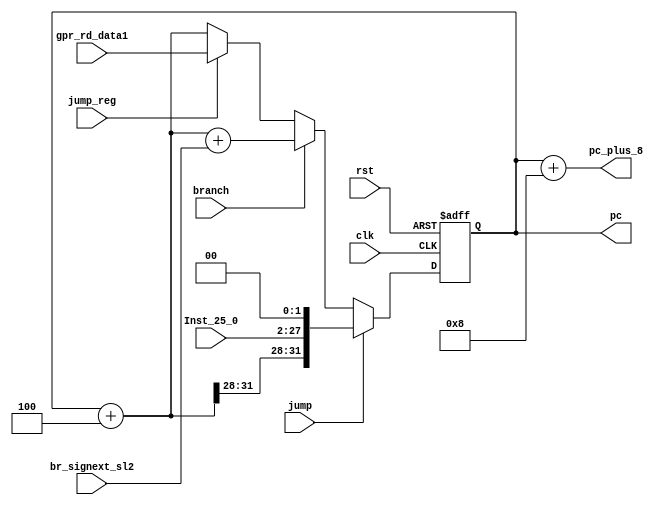

`timescale 1ns/100ps
module pc(clk, rst, br_signext_sl2, Inst_25_0,gpr_rd_data1, jump, branch, jump_reg, pc,pc_plus_8);

input clk, rst;
input [31:0] br_signext_sl2;
input [25:0] Inst_25_0;
input [31:0] gpr_rd_data1;
input jump;
input branch;
input jump_reg;
output [31:0] pc;
output [31:0] pc_plus_8;

parameter TD = 1;

reg  [31:0] pc_val;
wire [31:0] br_loc, pc_plus_4;



//adder next(pc_val, 32'd4, pc_plus_4);             //Adder to calculate next instruction(+4)
//adder jal (pc_val, 32'd8, pc_plus_8);             //Adder to calculate PC+8--to be 
//                                                  //written to GPR[31] on JAL
//adder br(pc_plus_4, br_signext_sl2, br_loc);      //Adder to calculate branch target

assign pc_plus_4 = pc_val + 32'd4;             // Next PC (PC+4) when the instruction  is not brach
assign pc_plus_8 = pc_val + 32'd8;             // To calculate PC+8 to be written to GPR[31] 
                                               // on JAL instruction
assign br_loc    = pc_plus_4 + br_signext_sl2; // To calculate branch target

always @ (posedge clk or posedge rst)             //PCSrc Mux
begin
  if (rst==1'b1) begin
    pc_val <= #TD 31'd0;
  end 
  else if (jump==1'b1) begin
    pc_val <= #TD {pc_plus_4[31:28],Inst_25_0,2'b00};
  end 
  else if (branch==1'b1) begin
    pc_val <= #TD br_loc;
  end
  else if(jump_reg==1'b1) begin
    pc_val <= #TD gpr_rd_data1;
  end 
  else begin
    pc_val <= #TD pc_plus_4;
  end
end


assign pc = pc_val;

endmodule